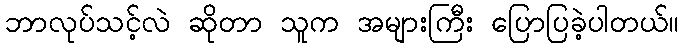
ဘာလုပ်သင့်လဲ ဆိုတာ သူက အများကြီး ပြောပြခဲ့ပါတယ်။